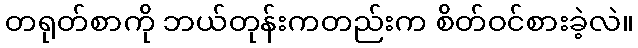
တရုတ်စာကို ဘယ်တုန်းကတည်းက စိတ်ဝင်စားခဲ့လဲ။